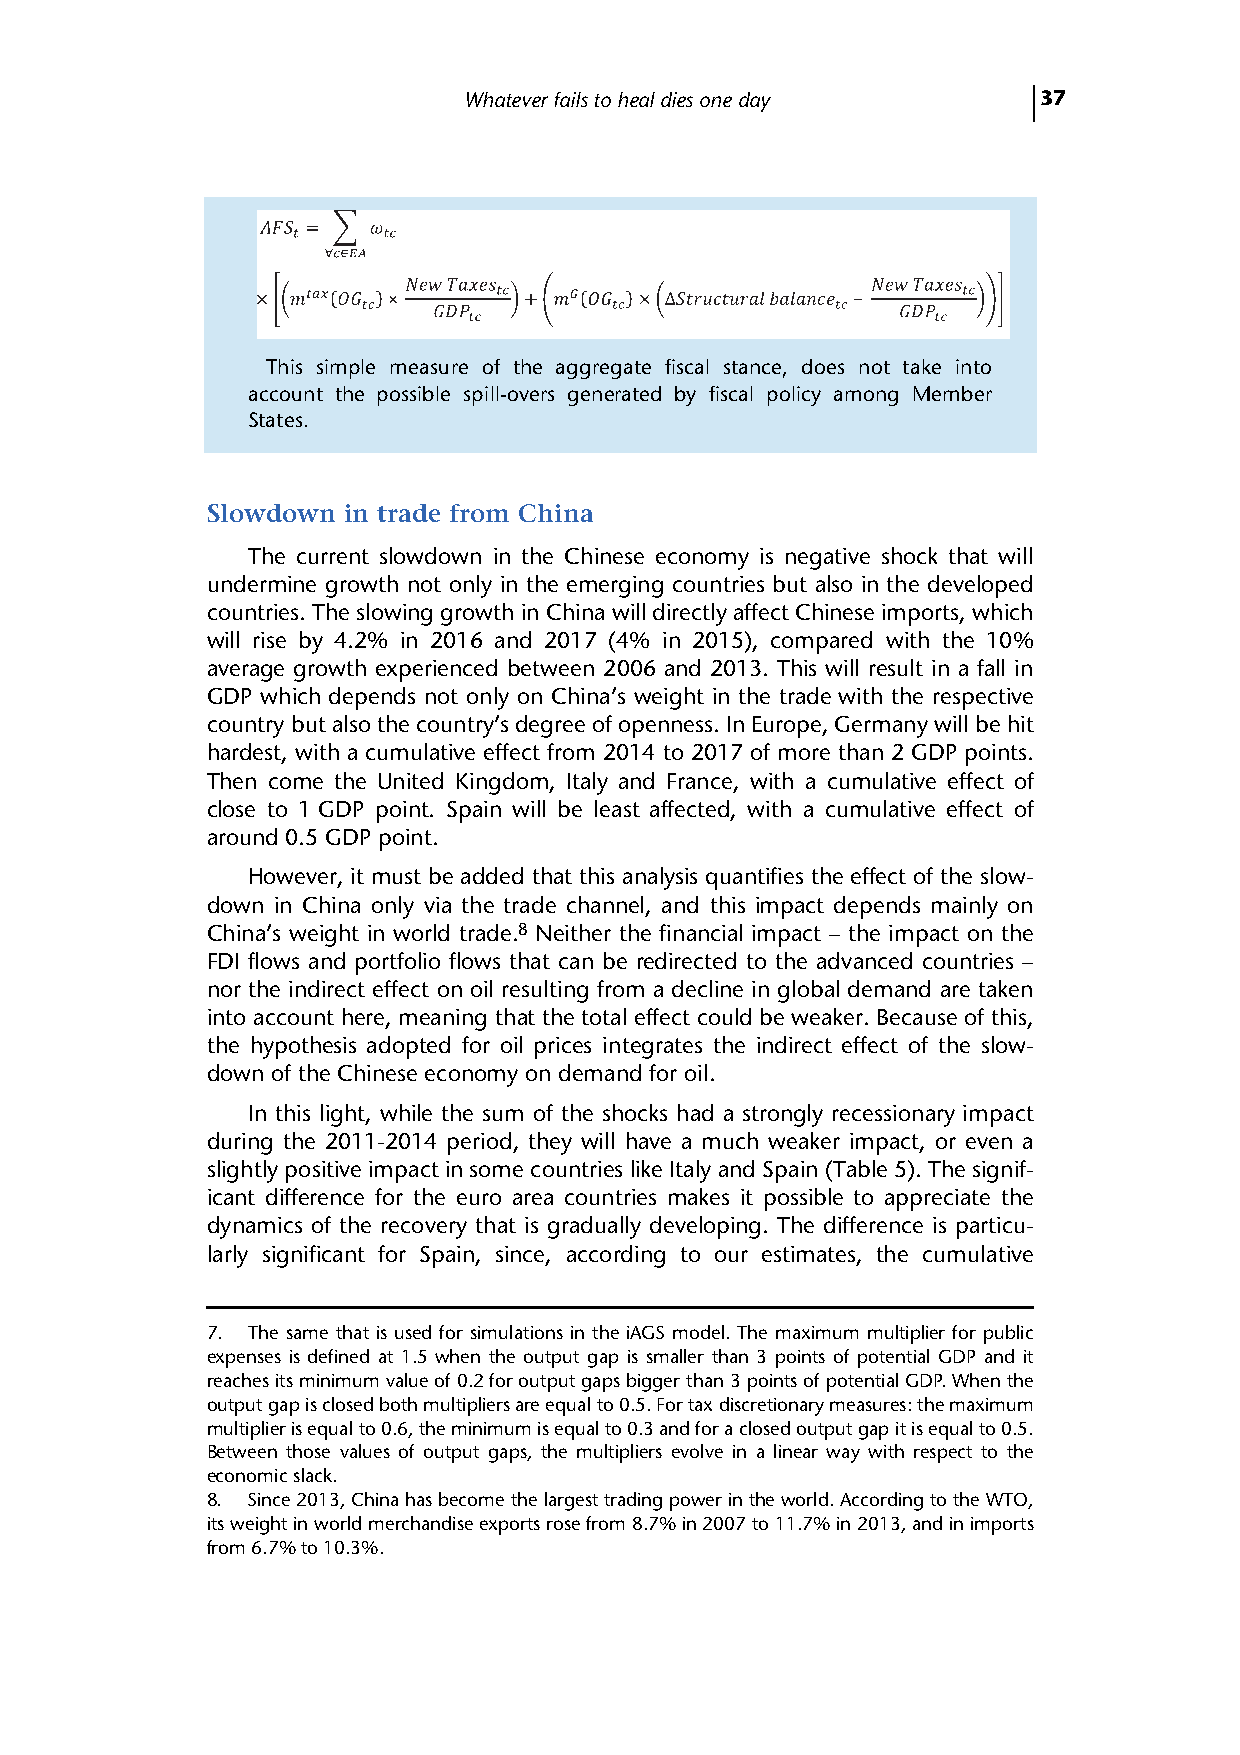
Whatever fails to heal dies one day   37
 (  )×           (  )              −
 This simple measure of the aggregate fiscal stance, does not take into
 account the possible spill-overs generated by fiscal policy among Member
 States.
 Slowdown in trade from China
 The current slowdown in the Chinese economy is negative shock that will
 undermine growth not only in the emerging countries but also in the developed
 countries. The slowing growth in China will directly affect Chinese imports, which
 will rise by 4.2% in 2016 and 2017 (4% in 2015), compared with the 10%
 average growth experienced between 2006 and 2013. This will result in a fall in
 GDP which depends not only on China’s weight in the trade with the respective
 country but also the country’s degree of openness. In Europe, Germany will be hit
 hardest, with a cumulative effect from 2014 to 2017 of more than 2 GDP points.
 Then come the United Kingdom, Italy and France, with a cumulative effect of
 close to 1 GDP point. Spain will be least affected, with a cumulative effect of
 around 0.5 GDP point.
 However, it must be added that this analysis quantifies the effect of the slow-
 down in China only via the trade channel, and this impact depends mainly on
 China’s weight in world trade.8 Neither the financial impact – the impact on the
 FDI flows and portfolio flows that can be redirected to the advanced countries –
 nor the indirect effect on oil resulting from a decline in global demand are taken
 into account here, meaning that the total effect could be weaker. Because of this,
 the hypothesis adopted for oil prices integrates the indirect effect of the slow-
 down of the Chinese economy on demand for oil.
 In this light, while the sum of the shocks had a strongly recessionary impact
 during the 2011-2014 period, they will have a much weaker impact, or even a
 slightly positive impact in some countries like Italy and Spain (Table 5). The signif-
 icant difference for the euro area countries makes it possible to appreciate the
 dynamics of the recovery that is gradually developing. The difference is particu-
 larly significant for Spain, since, according to our estimates, the cumulative
 7. The same that is used for simulations in the iAGS model. The maximum multiplier for public
 expenses is defined at 1.5 when the output gap is smaller than 3 points of potential GDP and it
 reaches its minimum value of 0.2 for output gaps bigger than 3 points of potential GDP. When the
 output gap is closed both multipliers are equal to 0.5. For tax discretionary measures: the maximum
 multiplier is equal to 0.6, the minimum is equal to 0.3 and for a closed output gap it is equal to 0.5.
 Between those values of output gaps, the multipliers evolve in a linear way with respect to the
 economic slack.
 8. Since 2013, China has become the largest trading power in the world. According to the WTO,
 its weight in world merchandise exports rose from 8.7% in 2007 to 11.7% in 2013, and in imports
 from 6.7% to 10.3%.